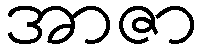
အာဇာ